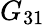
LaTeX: G_{31}